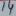
Text: 14